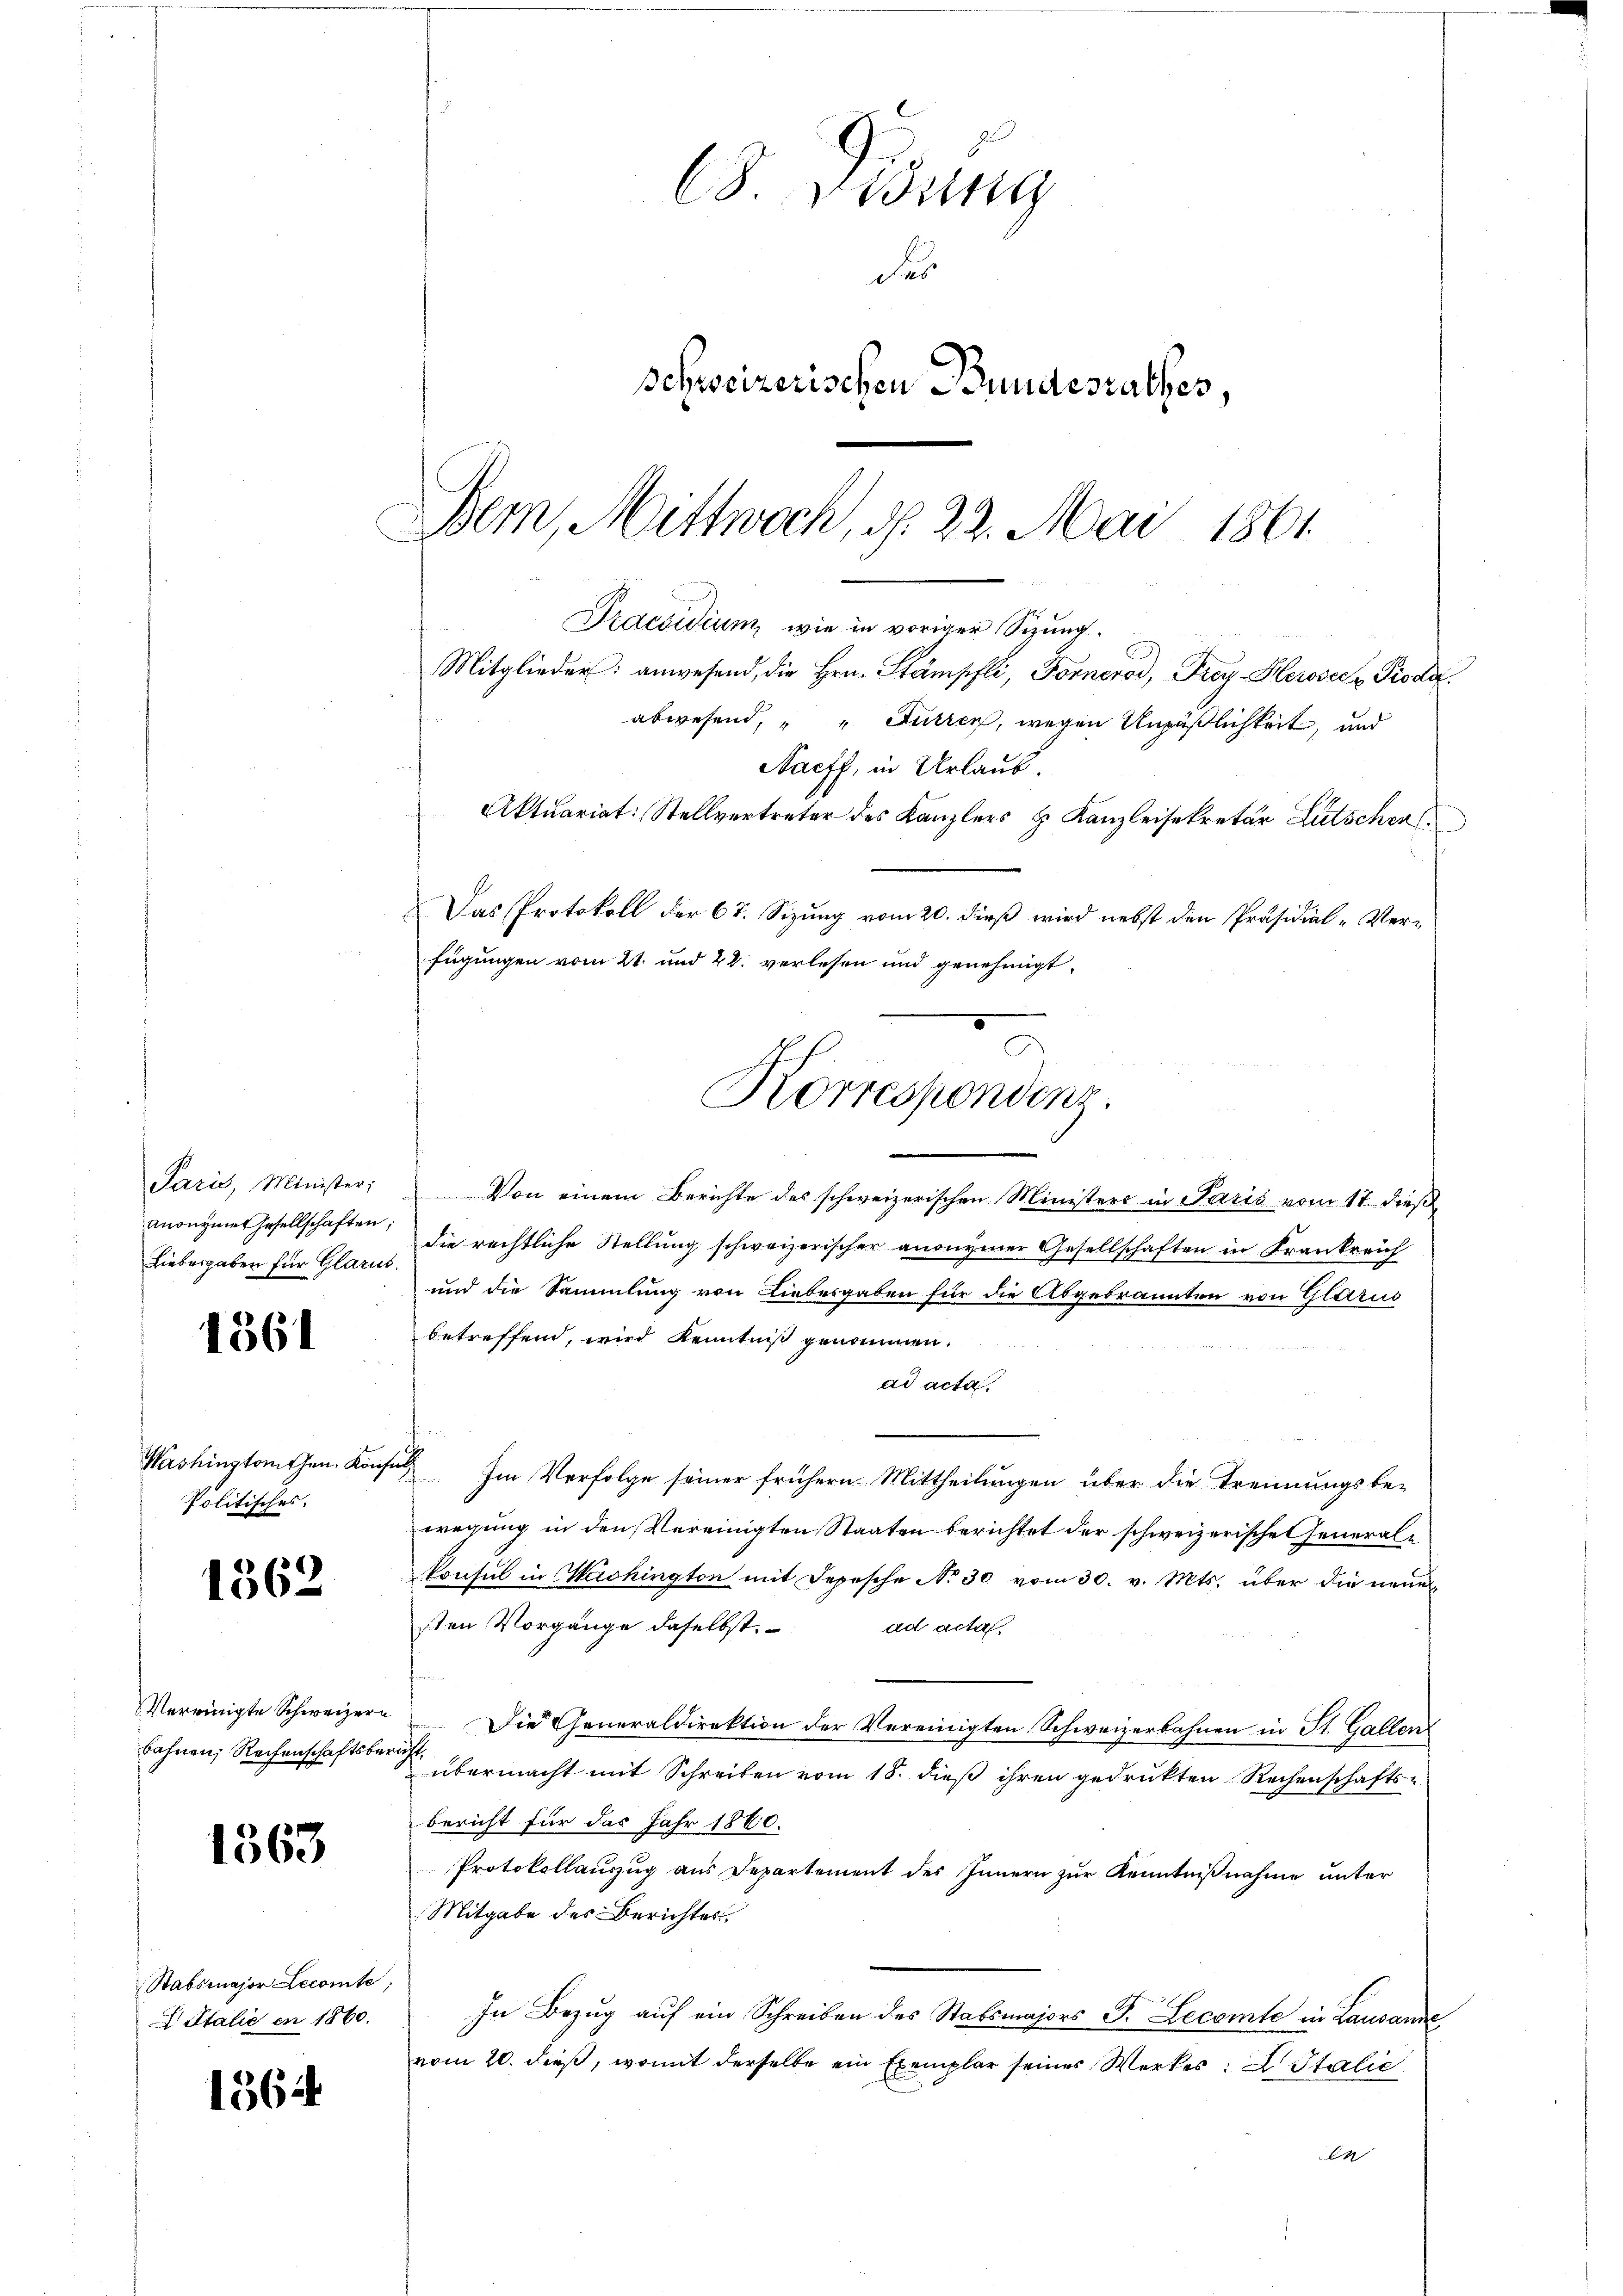
Setten Minister,
Anonyme Gesellschaften
Liebesgaben für Glarus

1361

Washingtonthen. Kön
Politisches.

1562

Vereinigte Schweizern
bahnen, Rechenschaftsbe¬

1363

Stabsmajor Lecomte
Italie en 1860.

1564

8 Didung
des
schweizerischen Bundesrathes,
Dein, Mittwoch, d. 22. Mai 1861
Praesidium, wie in voriger Sizung.

Mitglieder: anwesend, die Hrn. Stämpfli, Forneros, Frey- Herosec Piodat
abwesend, " " Furren, wegen Unpäßlichkeit, und
Nacff, in Urlaub.
Aktuariat: Stellvertreter des Kanzlers & Kanzleisekretär Litschen
Das Protokoll der 67. Sizung vom 20. dieß wird nebst den Präsidial-Verfügungen vom 21. und 22. verlesen und genehmigt.

Korresponding.

.
Von einem Berichte des schweizerischen Ministers in Paris vom 17. dieß
die rechtliche Stellung schweizerischer anonymer Gesellschaften in Frankreich
E
und die Sammlung von Liebesgaben für die Abgebrannten von Glarus
betreffend, wird Kenntniß genommen.
ad acta
i
Im Verfolge seiner frühern Mittheilungen über die Trennungsbe-
wegung in den Vereinigten Staaten berichtet der schweizerische Generalkonsul in Washington mit Depesche No 30 vom 30. v. Mts. über die neue
sten Vorgänge daselbst.
ad acta
Die Generaldirektion der Vereinigten Schweizerbahnen in St. Gallen
S. übermacht mit Schreiben vom 18. dieß ihren gedrukten Rechenschaftsbericht für das Jahr 1860.
Protokollauszug aus Departement des Innern zur Kenntnißnahme unter
Mitgabe des Berichtes
In Bezŭg aŭf ein Schreiben des Stabsmajors P. Lecomte in Lausanne
vom 20. dieß, womit derselbe ein Exemplar seines Werkes: L Italić
C